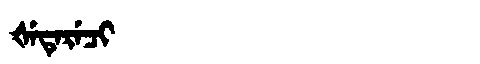
Manchu: ᡧᡝᡨᡝᡵᡝᠴᡳ
Romanization: ŠETERECI